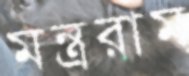
মন্ত্ররাম